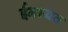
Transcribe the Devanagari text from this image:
ईनायत